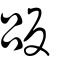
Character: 𠭤